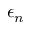
\epsilon _ { n }